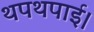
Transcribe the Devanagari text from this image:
थपथपाई।